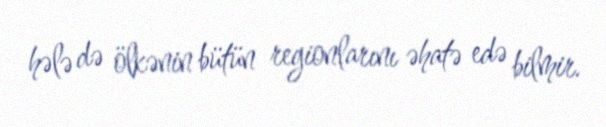
hələ də ölkənin bütün regionlarını əhatə edə bilmir.